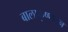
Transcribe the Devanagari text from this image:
बालाकृष्णनन